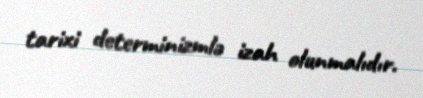
tarixi determinizmlə izah olunmalıdır.